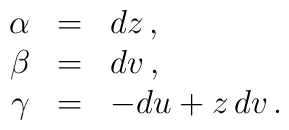
\begin{array}{rcl}\alpha &=& dz\,,\\\beta & = & dv\,,  \\\gamma & = & -du + z \, dv\,.  \\ \end{array}